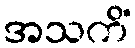
အသကိံ